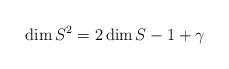
LaTeX: \begin{align*} \dim S^2 =2\dim S -1 +\gamma\end{align*}